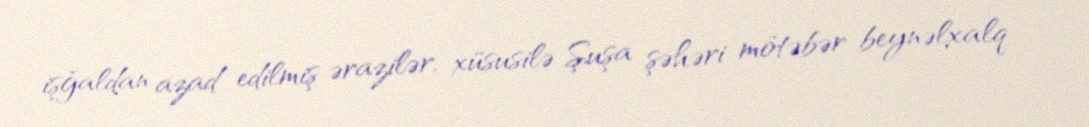
işğaldan azad edilmiş ərazilər, xüsusilə Şuşa şəhəri mötəbər beynəlxalq